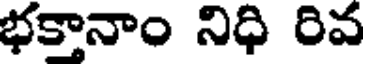
భక్తానాం నిధి రివ